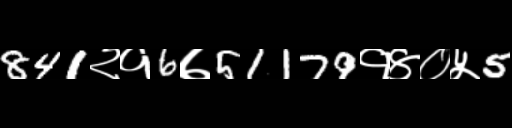
Text: 841२१6७51179१४०५5